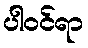
ပါဝင်ရာ